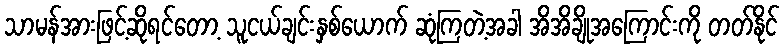
သာမန်အားဖြင့်ဆိုရင်တော့ သူငယ်ချင်းနှစ်ယောက် ဆုံကြတဲ့အခါ အိအိချိုအကြောင်းကို တတ်နိုင်